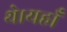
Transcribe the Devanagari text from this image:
थे।यहाँ